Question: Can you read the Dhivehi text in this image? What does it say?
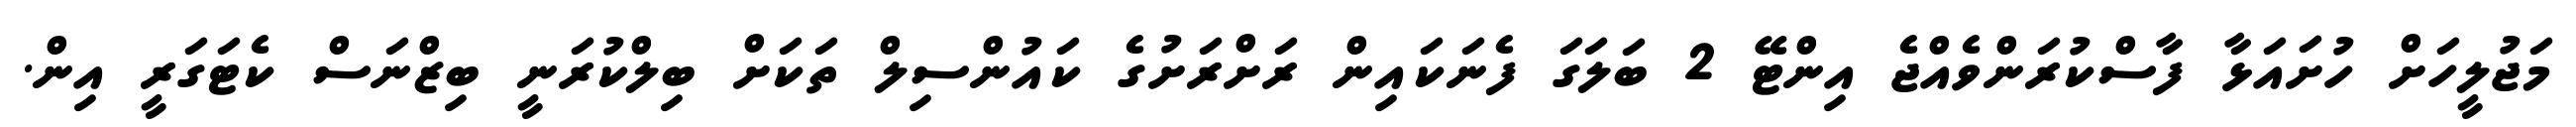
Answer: މަޖުލީހަށް ހުށައަޅާ ފާސްކުރަންވެއްޖެ އިންޓޭ 2 ބަލަގަ ފެނަކައިން ރަށްރަށުގެ ކައުންސިލް ތަކަށް ބިލްކުރަނީ ބިޒްނަސް ކެޓަގަރީ އިން.